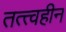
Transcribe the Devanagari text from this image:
तत्त्वहीन